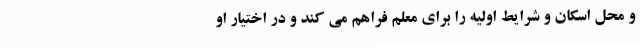
و محل اسکان و شرایط اولیه را برای معلم فراهم می کند و در اختیار او